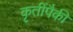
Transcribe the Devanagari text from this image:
कृतींपैकी